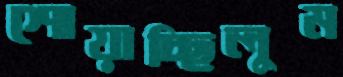
শোয়াচ্ছিলুম